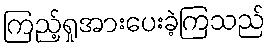
ကြည့်ရှုအားပေးခဲ့ကြသည်